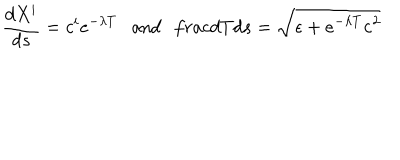
\frac { d X ^ { i } } { d s } = c ^ { i } e ^ { - \lambda T } \ \ \ \mathrm { a n d } \ \ \, \frac { d T } { d s } = \sqrt { \epsilon + e ^ { - \lambda T } { \bf c } ^ { 2 } }